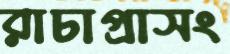
রাচাপ্রাসং